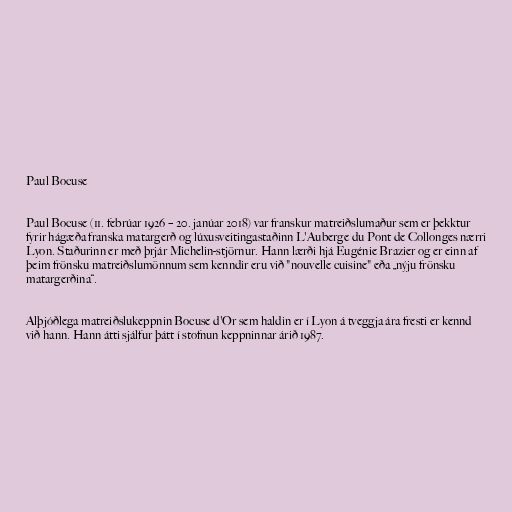
Paul Bocuse

Paul Bocuse (11. febrúar 1926 – 20. janúar 2018) var franskur matreiðslumaður sem er þekktur
fyrir hágæða franska matargerð og lúxusveitingastaðinn L'Auberge du Pont de Collonges nærri
Lyon. Staðurinn er með þrjár Michelin-stjörnur. Hann lærði hjá Eugénie Brazier og er einn af
þeim frönsku matreiðslumönnum sem kenndir eru við "nouvelle cuisine" eða „nýju frönsku
matargerðina“.

Alþjóðlega matreiðslukeppnin Bocuse d'Or sem haldin er í Lyon á tveggja ára fresti er kennd
við hann. Hann átti sjálfur þátt í stofnun keppninnar árið 1987.